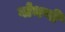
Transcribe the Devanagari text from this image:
गोभणी